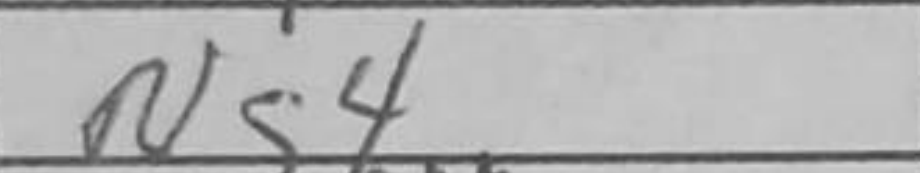
Transcription: Ng4